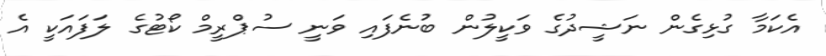
އެކަމާ ގުޅިގެން ނަޝީދުގެ ވަކީލުން ބުނެފައި ވަނީ ސުޕްރީމް ކޯޓުގެ ލަފައަކީ އެ